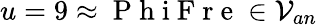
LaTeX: u=9\approx\mathrm{~P~h~i~F~r~e~}\in\mathcal{V}_{an}